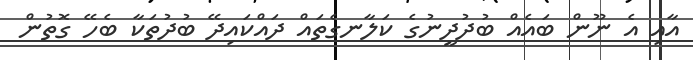
އާއި އެ ނޫން ބައެއް ބުދުދީނުގެ ކަލާނގެތައް ދައްކައިދޭ ބުދުތަކާ ބެހޭ ގޮތުން